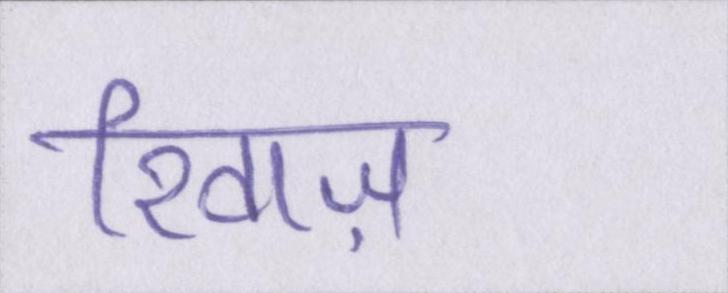
रिवाज़